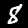
Digit: 8